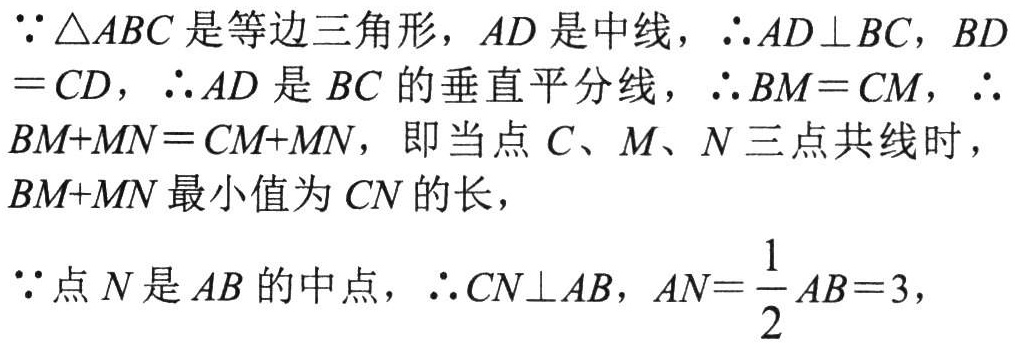
\(\because \triangle ABC\)是等边三角形，\(AD\)是中线，\(\therefore AD\bot BC\)，\(BD = CD\)，\(\therefore AD\)是\(BC\)的垂直平分线，\(\therefore BM = CM\)，\(\therefore BM + MN = CM + MN\)，即当点\(C、M、N\)三点共线时，\(BM + MN\)最小值为\(CN\)的长，

\(\because\)点\(N\)是\(AB\)的中点，\(\therefore CN\bot AB\)，\(AN=\dfrac{1}{2}AB = 3\)，